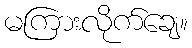
မကြားလိုက်ချေ။